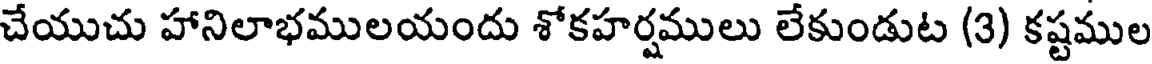
చేయుచు హానిలాభములయందు శోకహర్షములు లేకుండుట (3) కష్టముల